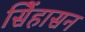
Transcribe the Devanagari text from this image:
सिेंहासन